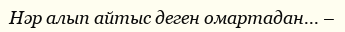
Нәр алып айтыс деген омартадан... –